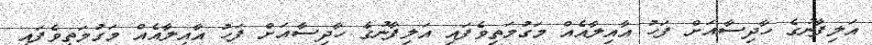
އަލިފާނުގެ ހާދިސާއަށް ފަހު އާއިލާއެއް މަގުމަތިވެފައި އަލިފާނުގެ ހާދިސާއަށް ފަހު އާއިލާއެއް މަގުމަތިވެފައި